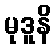
မုဒူနိ